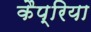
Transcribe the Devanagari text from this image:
कैप्रिया